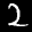
Label: 2